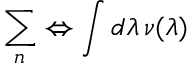
\sum _ { n } \Leftrightarrow \int d \lambda \, \nu ( \lambda )